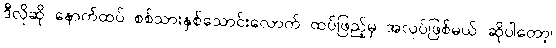
ဒီလိုဆို နောက်ထပ် စစ်သားနှစ်သောင်းလောက် ထပ်ဖြည့်မှ အလုပ်ဖြစ်မယ် ဆိုပါတော့၊